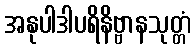
အနုပါဒါပရိနိဗ္ဗာနသုတ္တံ